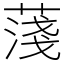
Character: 䔐